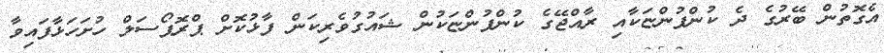
އެގޮތުން ބޭރުގެ ދެ ކުންފުންޏަކާއި ރާއްޖޭގެ ކުންފުންޏަކުން ޝައުގުވެރިކަން ފާޅުކޮށް ޕްރޮޕޯސަލް ހުށަހަޅާފައިވާ